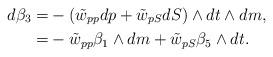
LaTeX: \begin{align*}d\beta_3=&-\left(\tilde{w}_{pp}dp+\tilde{w}_{pS}dS\right)\wedge dt\wedge dm,\\=& -\tilde{w}_{pp}\beta_1\wedge dm+\tilde{w}_{pS}\beta_5\wedge dt. \end{align*}